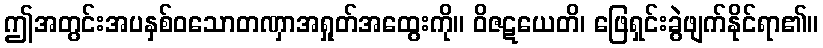
ဤအတွင်းအပနှစ်ဝသောတဏှာအရှုတ်အထွေးကို။ ဝိဇဋယေတိ၊ ဖြေရှင်းခွဲဖျက်နိုင်ရာ၏။